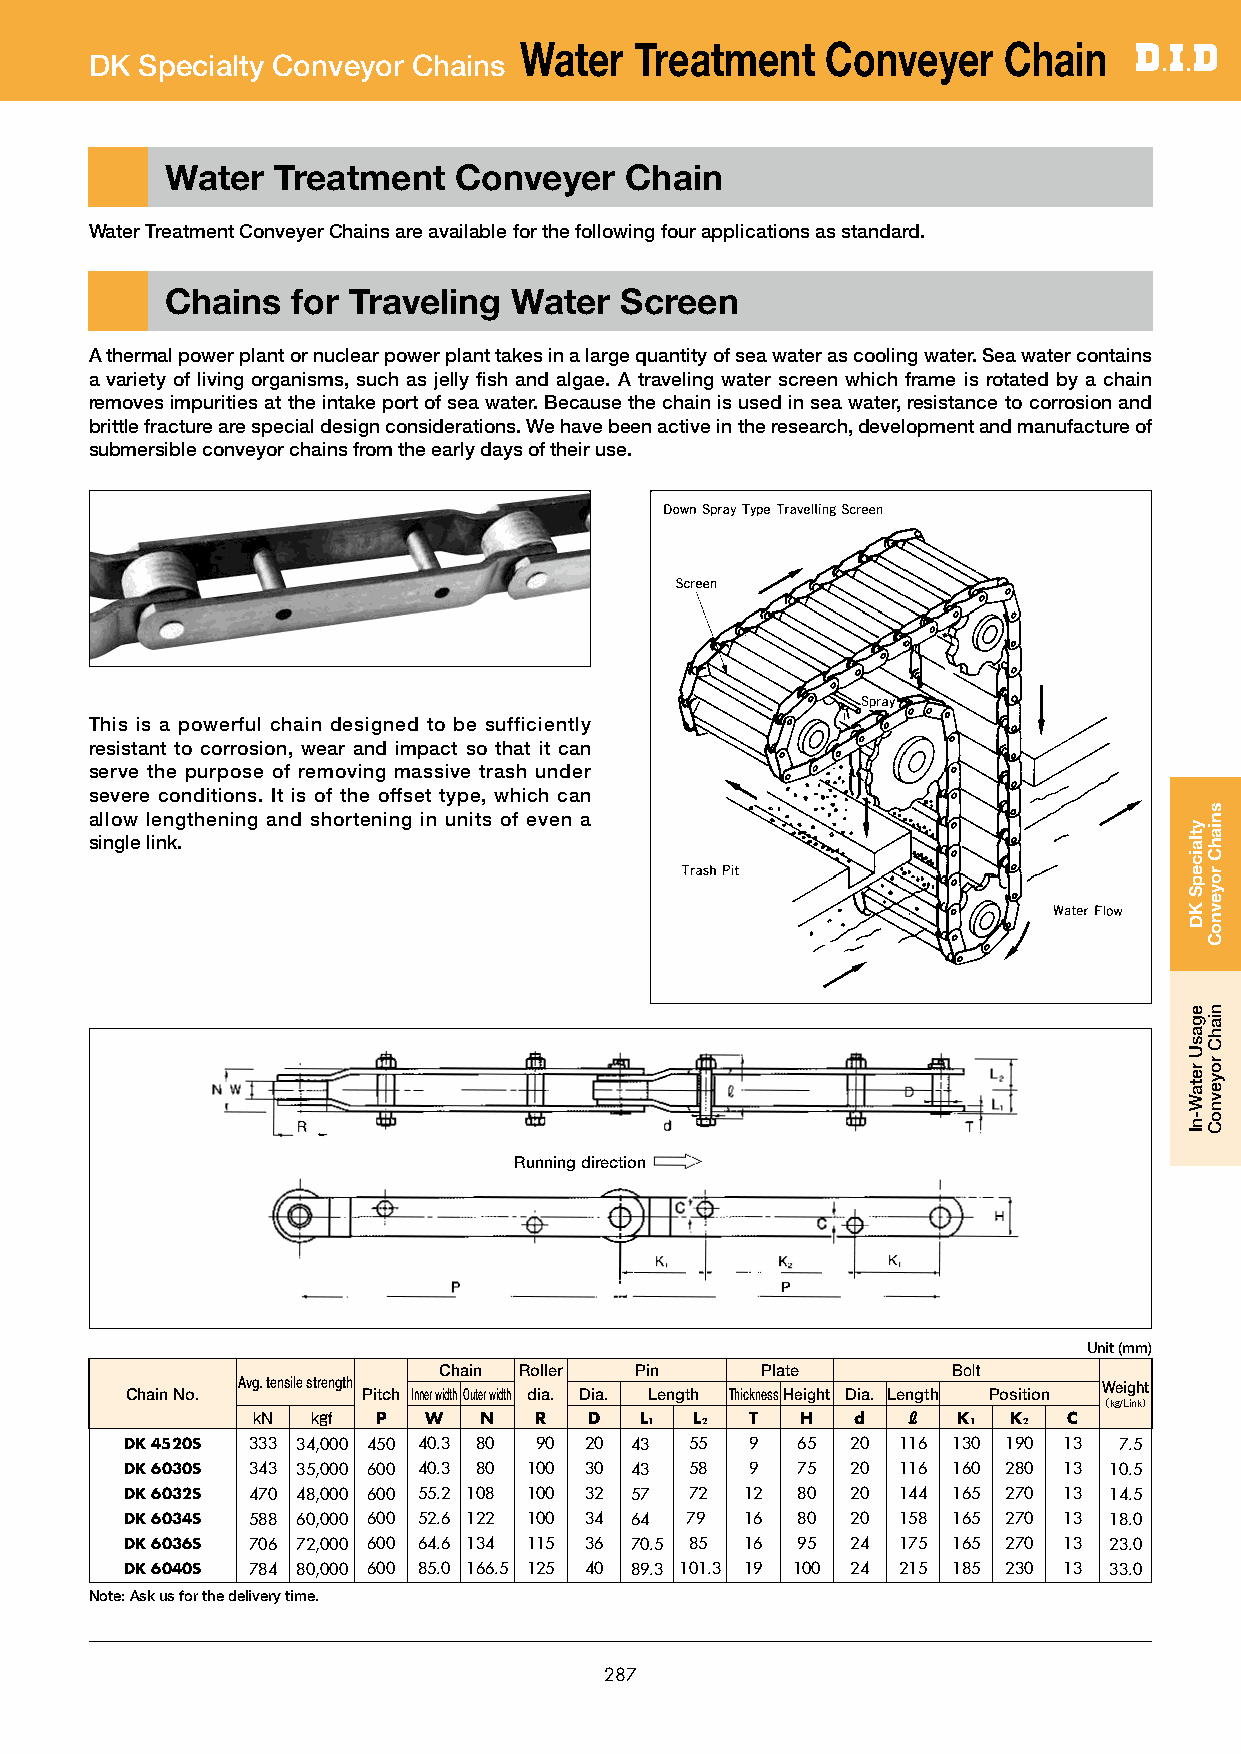
Water   Treatment    Conveyer   Chain
 DK Specialty Conveyor Chains
 Water  Treatment   Conveyer   Chain
 Water Treatment Conveyer Chains are available for the following four applications as standard.
 Chains  for Traveling  Water  Screen
 A thermal power plant or nuclear power plant takes in a large quantity of sea water as cooling water. Sea water contains
 a variety of living organisms, such as jelly fish and algae. A traveling water screen which frame is rotated by a chain
 removes impurities at the intake port of sea water. Because the chain is used in sea water, resistance to corrosion and
 brittle fracture are special design considerations. We have been active in the research, development and manufacture of
 submersible conveyor chains from the early days of their use.
 This is a powerful chain designed to be sufficiently
 resistant to corrosion, wear and impact so that it can
 serve the purpose of removing massive trash under
 severe conditions. It is of the offset type, which can
 allow lengthening and shortening in units of even a
 single link.
 Running direction
 Unit (mm)
 Chain Roller Pin     Plate        Bolt
 Avg. tensile strength                                    Weight
 Chain No.       Pitch Inner width Outer width dia. Dia. Length Thickness Height Dia. Length Position
 （kg/Link）
 kN  kgf P  W   N  R   D  L1  L2  T  H   d  ℓ  K1  K2  C
 DK 4520S 333 34,000 450 40.3 80.0 90 20 43.0 55.0 9 65 20 116 130 190 13 7.5
 DK 6030S 343 35,000 600 40.3 80.0 100 30 43.0 58.0 9 75 20 116 160 280 13 10.5
 DK 6032S 470 48,000 600 55.2 108.0 100 32 57.0 72.0 12 80 20 144 165 270 13 14.5
 DK 6034S 588 60,000 600 52.6 122.0 100 34 64.0 79.0 16 80 20 158 165 270 13 18.0
 DK 6036S 706 72,000 600 64.6 134.0 115 36 70.5 85.0 16 95 24 175 165 270 13 23.0
 DK 6040S 784 80,000 600 85.0 166.5 125 40 89.3 101.3 19 100 24 215 185 230 13 33.0
 Note: Ask us for the delivery time.
 287
 ytlaicepS
 KD
 egasU
 retaW-nI
 sniahC
 royevnoC
 niahC
 royevnoC